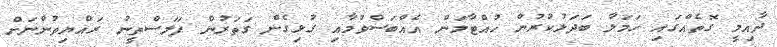
ދާއިމީ ގޮތެއްގައި ހަމަލާ ބަދަލުކުރުން ހުއްޓާލަން އެއްބަސްވުމާއި ގުޅިގެން ގަތަރުން ފަލަސްތީނު ރައްޔިތުންނަށް